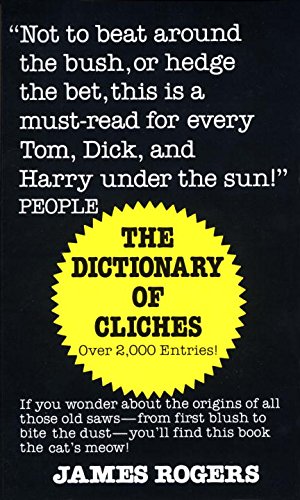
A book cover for Dictionary of Cliches; James Rogers; Humor & Entertainment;